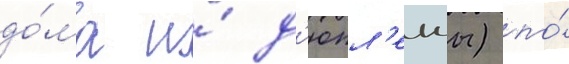
до́ма и́ д'юпл'ексы) по́